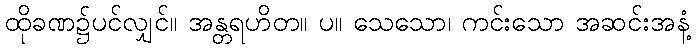
ထိုခဏ၌ပင်လျှင်။ အန္တရဟိတ။ ပ။ သေသော၊ ကင်းသော အဆင်းအနံ့